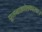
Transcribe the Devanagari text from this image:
पूतनाक्रोशकारकः।